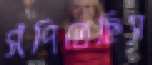
সঁপিতেছিস